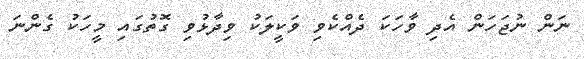
ނަން ނުޖަހަން އެދި ވާހަކަ ދެއްކެވި ވަކީލަކު ވިދާޅުވި ގޮތުގައި މީހަކު ގެންނަ